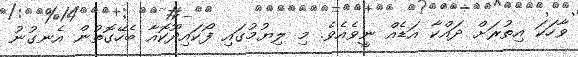
ވާހަކަ އިތުރަށް ދައްކާ އަޑެއް ނީވެއެވެ. މި ލިޔުމުގައި ފޯކައިދޫކޮއާ ބެހޭގޮތުން އެނގުނު